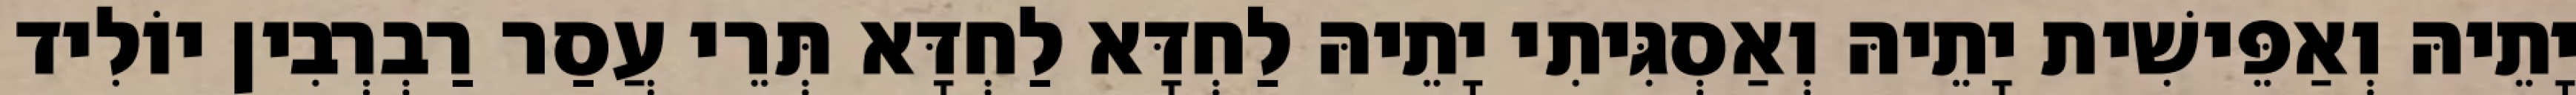
יָתֵיהּ וְאַפֵּישִׁית יָתֵיהּ וְאַסְגִּיתִי יָתֵיהּ לַחְדָּא לַחְדָּא תְּרֵי עֲסַר רַבְרְבִין יוֹלִיד